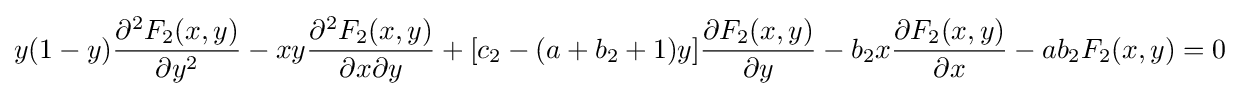
y(1-y){\frac {\partial ^{2}F_{2}(x,y)}{\partial y^{2}}}-xy{\frac {\partial ^{2}F_{2}(x,y)}{\partial x\partial y}}+[c_{2}-(a+b_{2}+1)y]{\frac {\partial F_{2}(x,y)}{\partial y}}-b_{2}x{\frac {\partial F_{2}(x,y)}{\partial x}}-ab_{2}F_{2}(x,y)=0